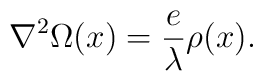
{\bf \nabla}^{2}\Omega(x)=\frac{e}{\lambda}\rho(x).